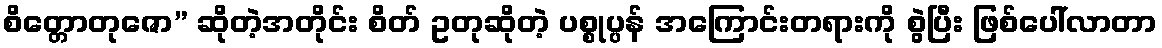
စိတ္တောတုဇော” ဆိုတဲ့အတိုင်း စိတ် ဥတုဆိုတဲ့ ပစ္စုပ္ပန် အကြောင်းတရားကို စွဲပြီး ဖြစ်ပေါ်လာတာ